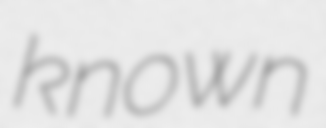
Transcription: known